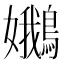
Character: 𡤝